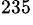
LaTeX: {}^{235}